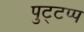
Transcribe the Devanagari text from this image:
पुट्टप्प